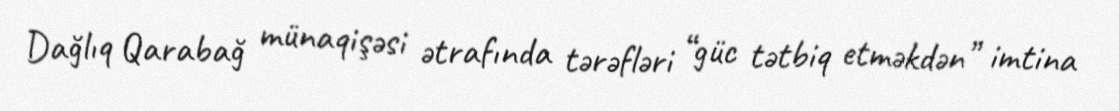
Dağlıq Qarabağ münaqişəsi ətrafında tərəfləri “güc tətbiq etməkdən” imtina